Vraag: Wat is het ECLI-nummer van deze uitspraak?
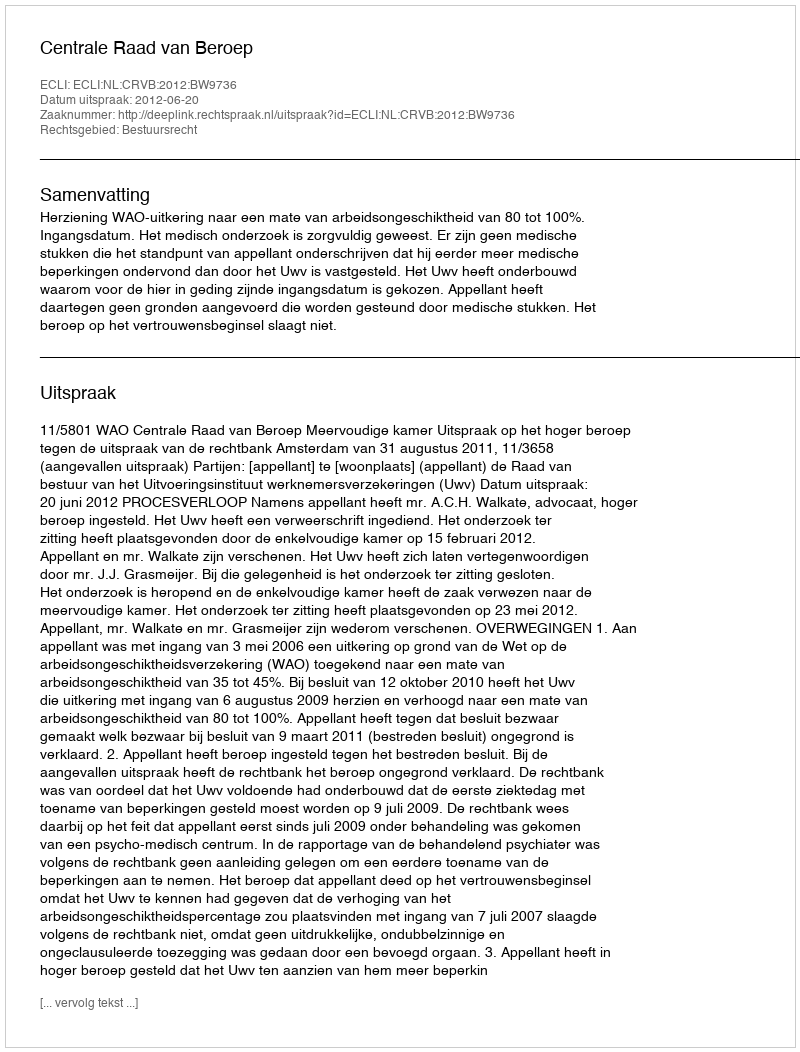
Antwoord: ECLI:NL:CRVB:2012:BW9736